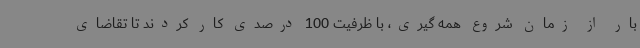
بار از زمان شروع همه گیری، با ظرفیت 100 درصدی کار کردند تا تقاضای